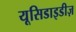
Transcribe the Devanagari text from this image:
यूसिडाइडीज़